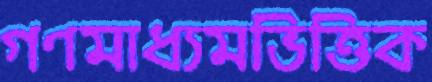
গণমাধ্যমভিত্তিক